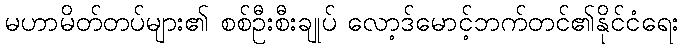
မဟာမိတ်တပ်များ၏ စစ်ဦးစီးချုပ် လော့ဒ်မောင့်ဘက်တင်၏နိုင်ငံရေး